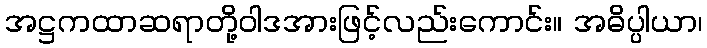
အဋ္ဌကထာဆရာတို့ဝါဒအားဖြင့်လည်းကောင်း။ အဓိပ္ပါယာ၊